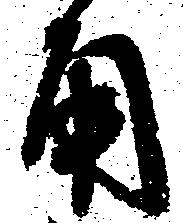
角